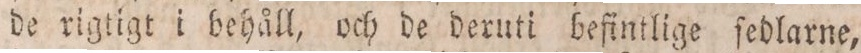
de rigtigt i behåll, och de deruti befintlige ſedlarne,